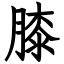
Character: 膝